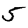
Digit: 5